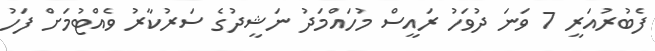
ފެބުރުއަރީ 7 ވަނަ ދުވަހު ރައީސް މުހައްމަދު ނަޝީދުގެ ސަރުކާރު ވެއްޓުމަށް ފަހު